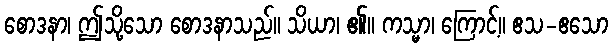
စောဒနာ၊ ဤသို့သော စောဒနာသည်။ သိယာ၊ ၏။ ကသ္မာ၊ ကြောင့်။ ဧသ-ဧသော